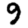
Digit: 9